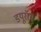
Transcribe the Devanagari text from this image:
डयूरॉय